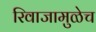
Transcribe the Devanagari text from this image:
रिवाजामुळेच